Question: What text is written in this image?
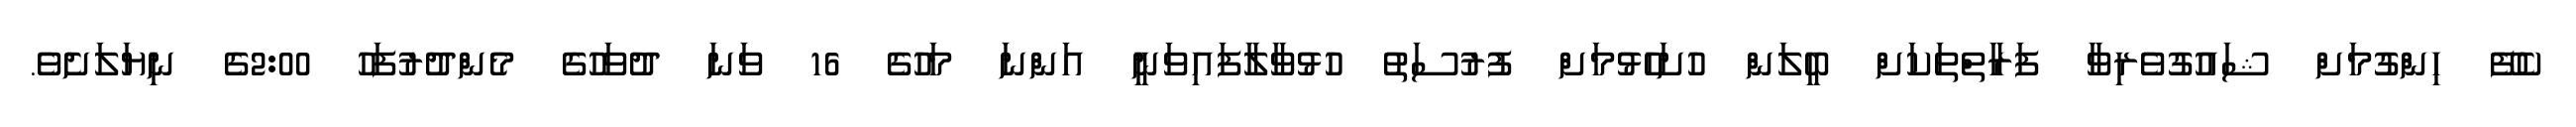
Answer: ކެފޭ ހިންގުމަށް ޝައުގުވެރިވާ ފަރާތްތަކަށް ބީލަން ހުށަހެޅުމަށް ފުރުސަތު ހުޅުވާލާފައިވަނީ އަންނަ މަހުގެ 16 ވަނަ ދުވަހުގެ މެންދުރުފަހު 2:00ގެ ނިޔަލަށެވެ.